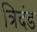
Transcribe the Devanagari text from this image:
त्रिदंड